Vaccination in Bombay 1874-1876 - 1874-1876
Year: 1874
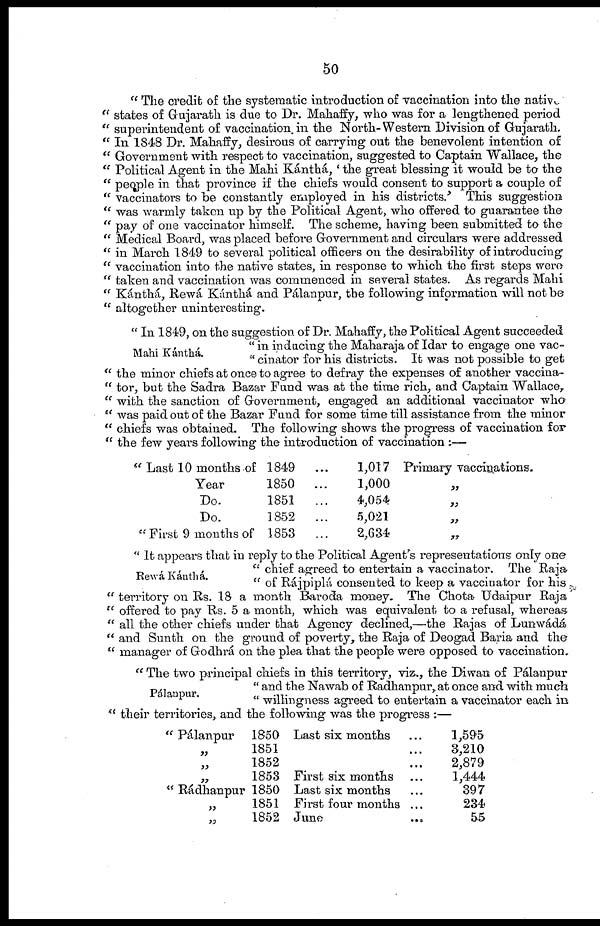
50
" The credit of the systematic introduction of vaccination into the native
" states of Gujarath is due to Dr. Mahaffy, who was for a lengthened period
" superintendent of vaccination in the North-Western Division of Gujarath.
" In 1848 Dr. Mahaffy, desirous of carrying out the benevolent intention of
" Government with respect to vaccination, suggested to Captain Wallace, the
" Political Agent in the Mahi Kánthá, ' the great blessing it would be to the
" people in that province if the chiefs would consent to support a couple of
" vaccinators to be constantly employed in his districts.' This suggestion
" was warmly taken up by the Political Agent, who offered to guarantee the
" pay of one vaccinator himself. The scheme, having been submitted to the
" Medical Board, was placed before Government and circulars were addressed
" in March 1849 to several political officers on the desirability of introducing
" vaccination into the native states, in response to which the first steps were
" taken and vaccination was commenced in several states. As regards Mahi
" Kánthá, Rewá Kánthá and Pálanpur, the following information will not be
" altogether uninteresting.
Mahi Kánthá.
" In 1849, on the suggestion of Dr. Mahaffy, the Political Agent succeeded
" in inducing the Maharaja of Idar to engage one vac¬
" cinator for his districts. It was not possible to get
" the minor chiefs at once to agree to defray the expenses of another vaccina¬
" tor, but the Sadra Bazar Fund was at the time rich, and Captain Wallace,
" with the sanction of Government, engaged an additional vaccinator who
" was paid out of the Bazar Fund for some time till assistance from the minor
" chiefs was obtained. The following shows the progress of vaccination for
" the few years following the introduction of vaccination :—
" Last 10 months of
Year
Do.
Do.
" First 9 months of
1849
1850
1851
1852
1853
...1,017
... 1,000
... 4,054
... 5,021
... 2,634
Primary vaccinations.
"
"
"
"
Rewá Kánthá.
" It appears that in reply to the Political Agent's representations only one
" chief agreed to entertain a vaccinator. The Raja
" of Rájpiplá consented to keep a vaccinator for his
" territory on Rs. 18 a month Baroda money. The Chota Udaipur Raja
" offered to pay Rs. 5 a month, which was equivalent to a refusal, whereas
" all the other chiefs under that Agency declined,—the Rajas of Lunwádá
" and Sunth on the ground of poverty, the Raja of Deogad Baria and the
" manager of Godhrá on the plea that the people were opposed to vaccination.
Pálanpur.
" The two principal chiefs in this territory, viz., the Diwan of Pálanpur
" and the Nawab of Radhanpur,at once and with much
" willingness agreed to entertain a vaccinator each in
" their territories, and the following was the progress :—
" Pálanpur
"
"
"
" Rádhanpur
"
"
1850
1851
1852
1853
1850
1851
1852
Last six months ...
...
...
First six months ...
Last six months ...
First four months ...
June ...
l,595
3,210
2,879
1,444
397
234
55